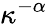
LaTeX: \kappa^{-\alpha}